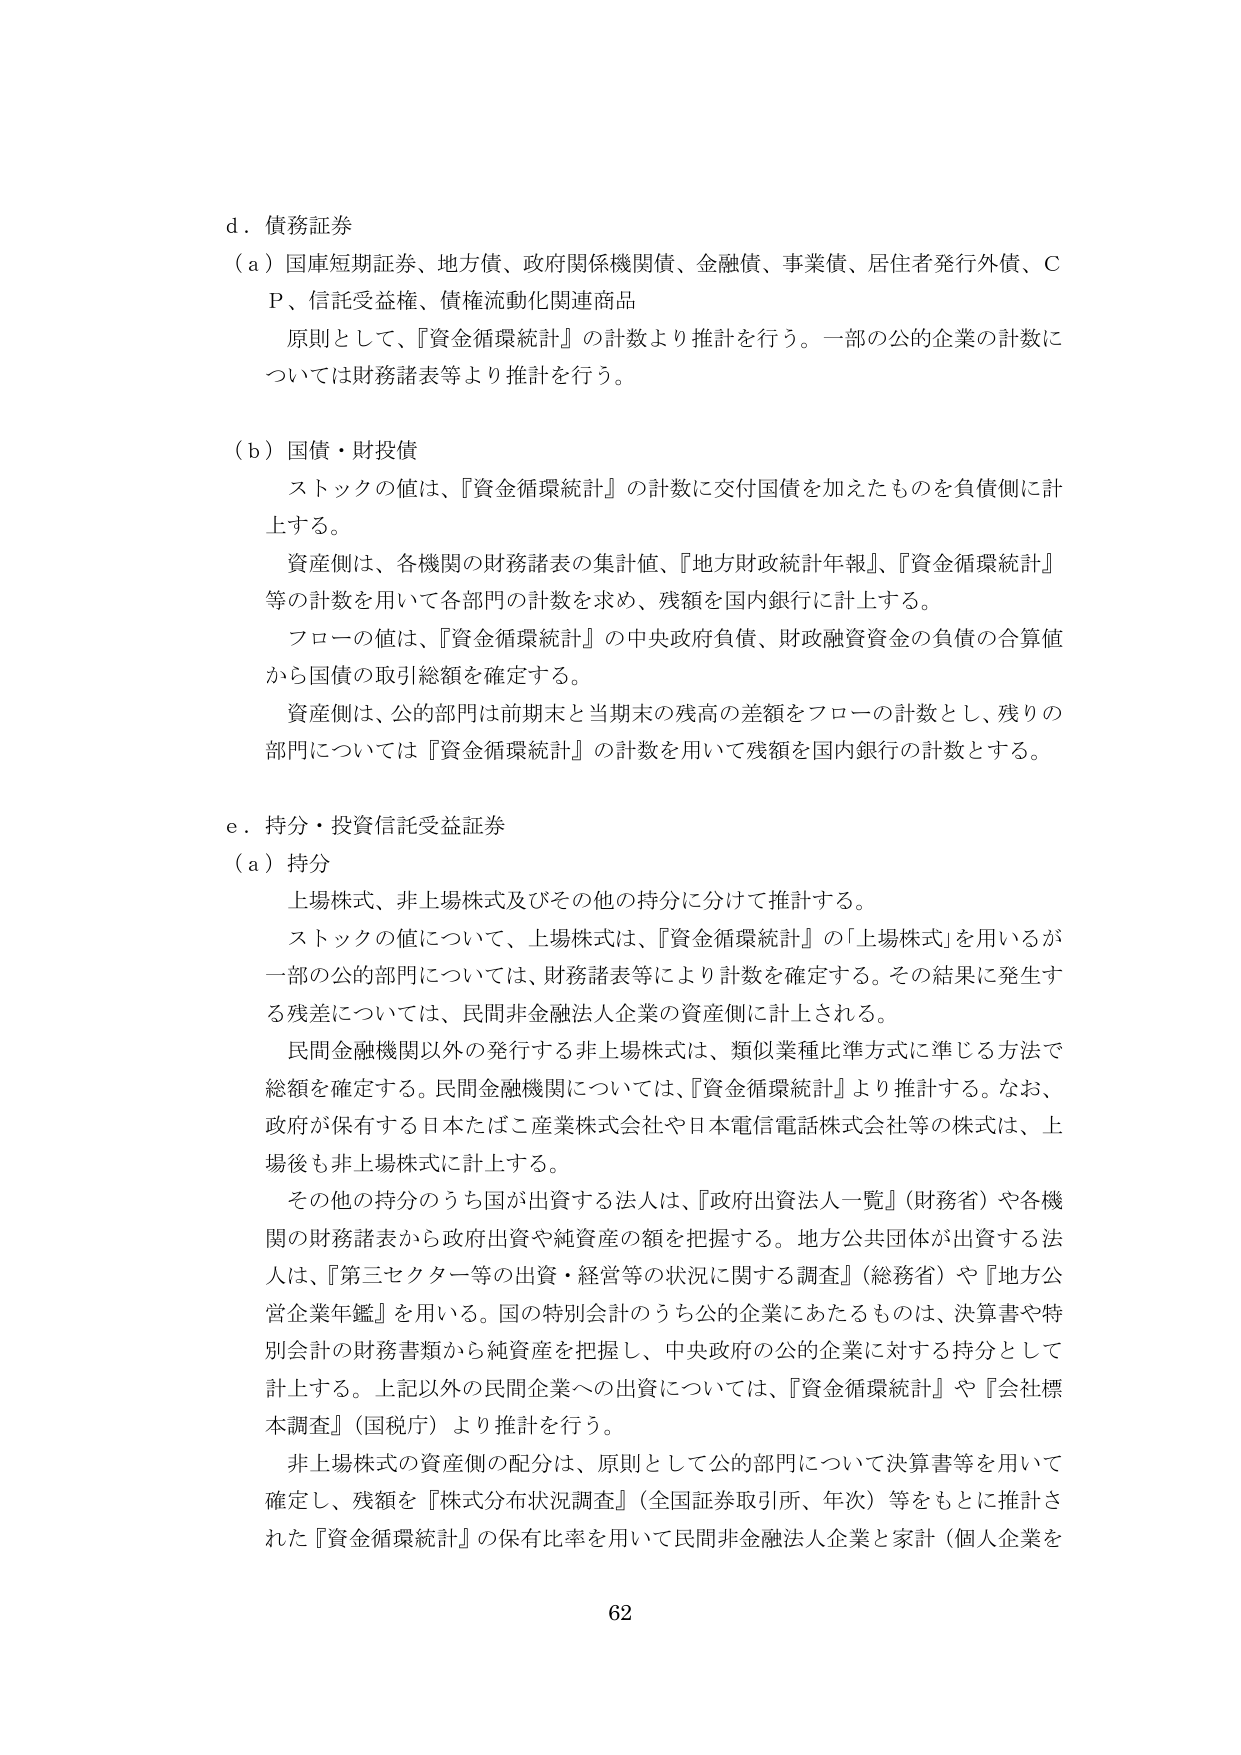
d．債務証券
（a）国庫短期証券、地方債、政府関係機関債、金融債、事業債、居住者発行外債、ＣＰ、信託受益権、債権流動化関連商品
　原則として、『資金循環統計』の計数より推計を行う。一部の公的企業の計数については財務諸表等より推計を行う。

（b）国債・財投債
　ストックの値は、『資金循環統計』の計数に交付国債を加えたものを負債側に計上する。
　資産側は、各機関の財務諸表の集計値、『地方財政統計年報』、『資金循環統計』等の計数を用いて各部門の計数を求め、残額を国内銀行に計上する。
　フローの値は、『資金循環統計』の中央政府負債、財政融資資金の負債の合算値から国債の取引総額を確定する。
　資産側は、公的部門は前期末と当期末の残高の差額をフローの計数とし、残りの部門については『資金循環統計』の計数を用いて残額を国内銀行の計数とする。

e．持分・投資信託受益証券
（a）持分
　上場株式、非上場株式及びその他の持分に分けて推計する。
　ストックの値について、上場株式は、『資金循環統計』の「上場株式」を用いるが一部の公的部門については、財務諸表等により計数を確定する。その結果に発生する残差については、民間非金融法人企業の資産側に計上される。
　民間金融機関以外の発行する非上場株式は、類似業種比準方式に準じる方法で総額を確定する。民間金融機関については、『資金循環統計』より推計する。なお、政府が保有する日本たばこ産業株式会社や日本電信電話株式会社等の株式は、上場後も非上場株式に計上する。
　その他の持分のうち国が出資する法人は、『政府出資法人一覧』（財務省）や各機関の財務諸表から政府出資や純資産の額を把握する。地方公共団体が出資する法人は、『第三セクター等の出資・経営等の状況に関する調査』（総務省）や『地方公営企業年鑑』を用いる。国の特別会計のうち公的企業にあたるものは、決算書や特別会計の財務書類から純資産を把握し、中央政府の公的企業に対する持分として計上する。上記以外の民間企業への出資については、『資金循環統計』や『会社標本調査』（国税庁）より推計を行う。
　非上場株式の資産側の配分は、原則として公的部門について決算書等を用いて確定し、残額を『株式分布状況調査』（全国証券取引所、年次）等をもとに推計された『資金循環統計』の保有比率を用いて民間非金融法人企業と家計（個人企業を

62